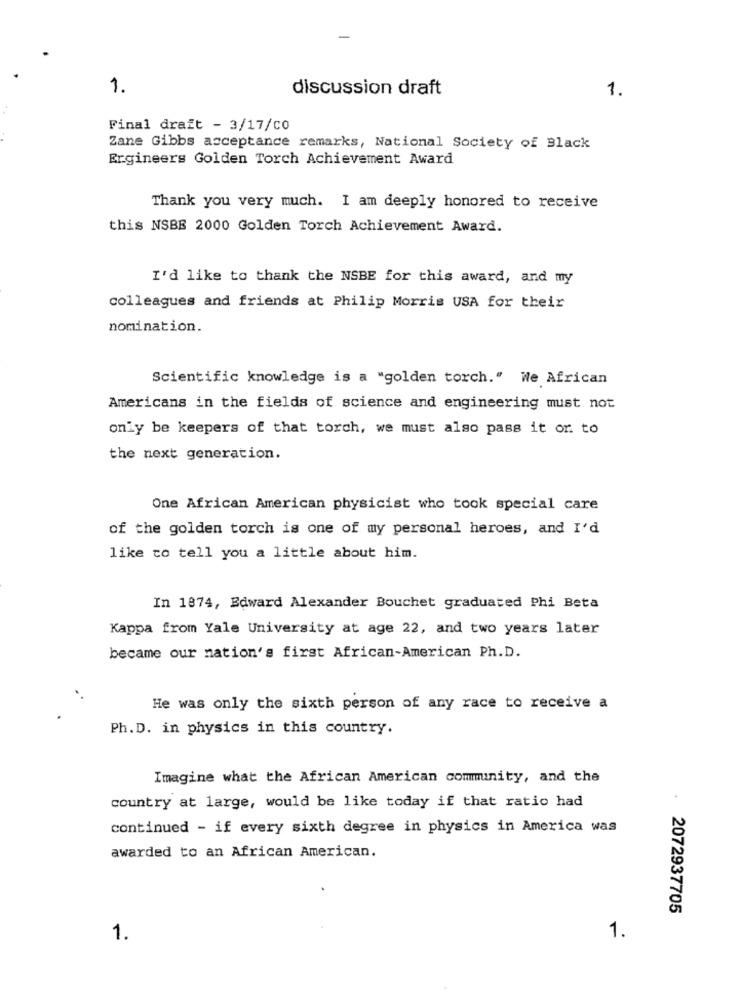
1.
discussion draft
1.
Final draft - 3/17/c0
Zane Gibbs acceptance remarks, National Society of Black
Ergineers Golden Torch Achievement Award
Thank you very much. I am deeply honored to receive
this NSBE 2000 Golden Torch Achievement Award.
I'd like to thank the NSBE for this award, and my
colleagues and friends at Philip Morris USA for their
nomination.
Scientific knowledge is a "golden torch." We African
Americans in the fields of science and engineering must not
only be keepers of that torch, we must also pass it or. to
the next generation.
One African American physicist who took special care
of the golden torch is one of my personal heroes, and I'd
like to tell you a little about him.
In 1874, Edward Alexander Bouchet graduated Phi Beta
Kappa from Yale University at age 22, and two years later
became our nation's first African-American Ph.D.
He was only the sixth person of any race to receive a
Ph. D. in physics in this country.
Imagine what the African American community, and the
country at large, would be like today if that ratio had
continued - if every sixth degree in physics in America was
awarded to an African American.
. 2072937705
1.
1.